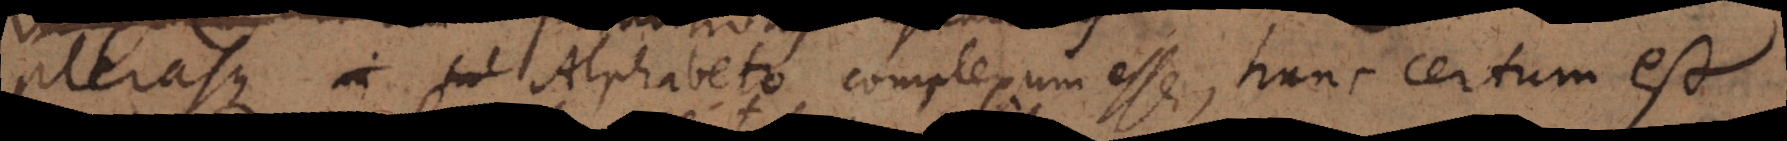
plerasque Alphabeto complexum esse, hunc certum est